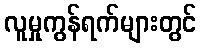
လူမှုကွန်ရက်များတွင်